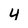
Character: 4